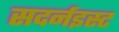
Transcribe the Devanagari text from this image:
सदर्नइस्ट